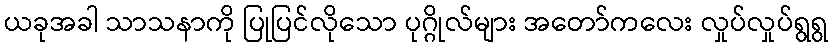
ယခုအခါ သာသနာကို ပြုပြင်လိုသော ပုဂ္ဂိုလ်များ အတော်ကလေး လှုပ်လှုပ်ရွရွ